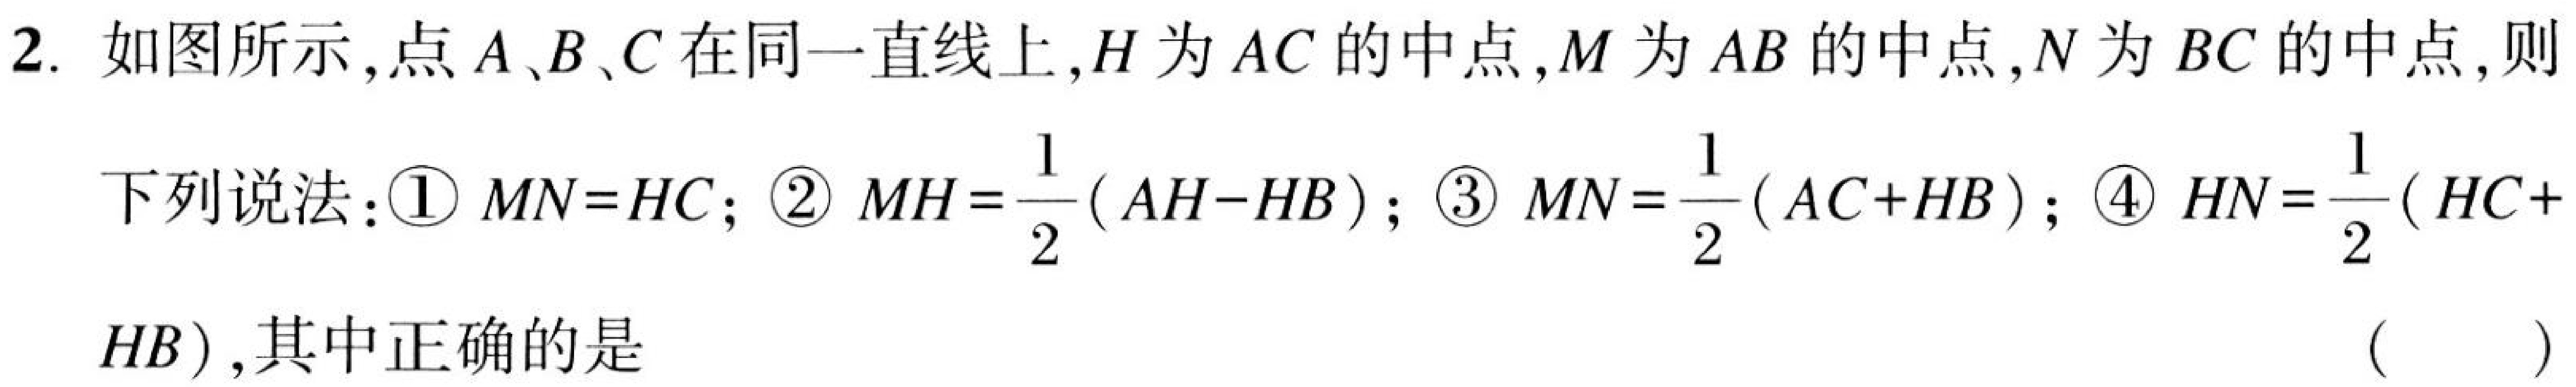
2. 如图所示,点\(A、B、C\)在同一直线上,\(H\)为\(AC\)的中点,\(M\)为\(AB\)的中点,\(N\)为\(BC\)的中点,则
下列说法：\textcircled{1}\(MN = HC\)；\textcircled{2}\(MH=\dfrac{1}{2}(AH - HB)\)；\textcircled{3}\(MN=\dfrac{1}{2}(AC + HB)\)；\textcircled{4}\(HN=\dfrac{1}{2}(HC + \)
\(HB)\),其中正确的是 （  ）